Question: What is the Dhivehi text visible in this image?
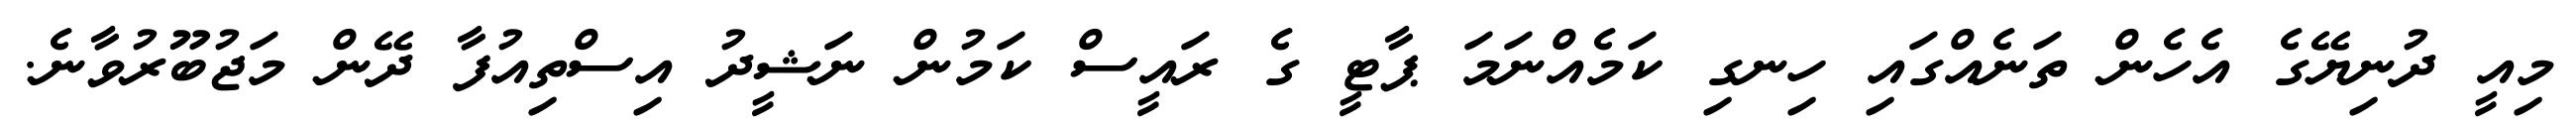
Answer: މިއީ ދުނިޔޭގެ އެހެން ތަނެއްގައި ހިނގި ކަމެއްނަމަ ޕާޓީ ގެ ރައީސް ކަމުން ނަޝީދު އިސްތިއުފާ ދޭން މަޖުބޫރުވާނެ.